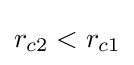
r_{c2}<r_{c1}